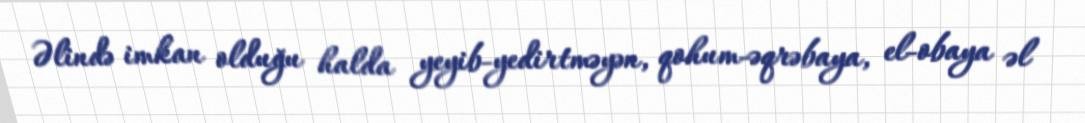
Əlində imkan olduğu halda yeyib-yedirtməyən, qohum-əqrəbaya, el-obaya əl